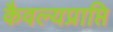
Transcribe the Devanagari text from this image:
कैवल्यप्राप्ति